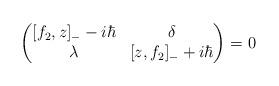
LaTeX: \begin{align*} \begin{pmatrix}[ f_{2},z]_{-} - i \hbar & \delta \\ \lambda & [z, f_{2}]_{-} + i \hbar \end{pmatrix}=0\end{align*}